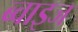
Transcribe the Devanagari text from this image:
ब्वाइज